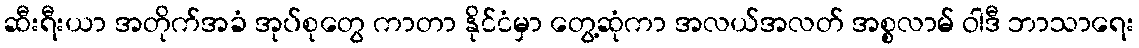
ဆီးရီးယာ အတိုက်အခံ အုပ်စုတွေ ကာတာ နိုင်ငံမှာ တွေ့ဆုံကာ အလယ်အလတ် အစ္စလာမ် ဝါဒီ ဘာသာရေး